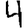
Digit: 4